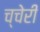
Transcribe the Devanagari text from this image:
च्चेरी